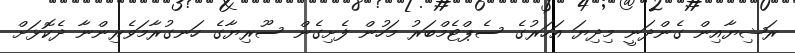
ރަޝިޔާއިން ގެންދަނީ މިދިޔަ އަހަރުގެ ސެޕްޓެމްބަރު މަހުން ފެށިގެން ސޫރިޔާގެ ހަނގުރާމަވެރިންނާ ދެކޮޅަށް